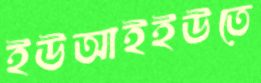
ইউআইইউতে